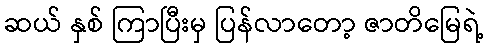
ဆယ် နှစ် ကြာပြီးမှ ပြန်လာတော့ ဇာတိမြေရဲ့